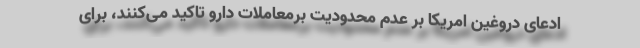
ادعای دروغین امریکا بر عدم محدودیت برمعاملات دارو تاکید می‌کنند، برای